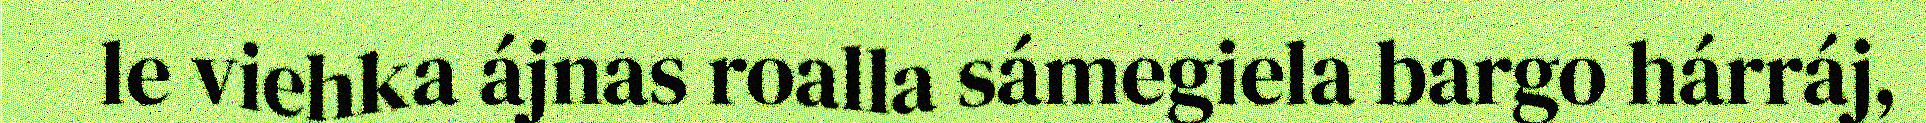
le viehka ájnas roalla sámegiela bargo hárráj,